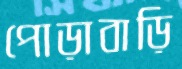
পোড়াবাড়ি